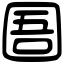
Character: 圄